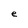
Character: e